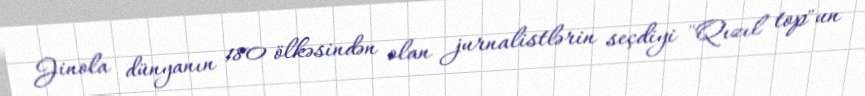
Jinola dünyanın 180 ölkəsindən olan jurnalistlərin seçdiyi "Qızıl top"un